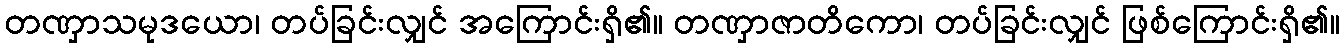
တဏှာသမုဒယော၊ တပ်ခြင်းလျှင် အကြောင်းရှိ၏။ တဏှာဇာတိကော၊ တပ်ခြင်းလျှင် ဖြစ်ကြောင်းရှိ၏။